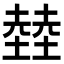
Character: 龳